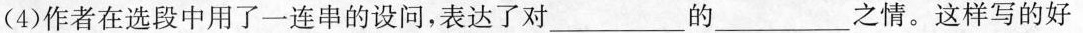
(4) 作者在选段中用了一连串的设问，表达了对_____的___之情。这样写的好